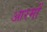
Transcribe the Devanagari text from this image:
आरमों